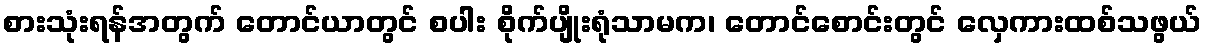
စားသုံးရန်အတွက် တောင်ယာတွင် စပါး စိုက်ပျိုးရုံသာမက၊ တောင်စောင်းတွင် လှေကားထစ်သဖွယ်